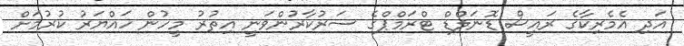
އަދި އެމެރިކާގެ ރައީސް ޑޮނަލްޑް ޓްރަމްޕްގެ ސަރުކާރުންވަނީ އިތުރު މީހުން ހައްޔަރު ކުރުމަށް